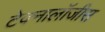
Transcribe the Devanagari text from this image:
टेक्नालॉजीस